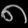
Digit: ၈